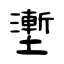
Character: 壍